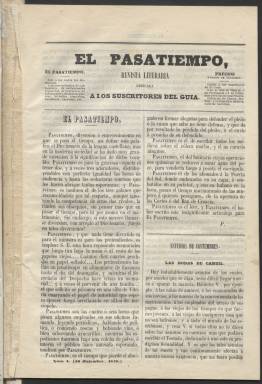
Título: El Pasatiempo (Madrid. 1848)
Colección: Cultura
Ámbito geográfico: Madrid
Lugar de publicación: Madrid
Fechas: 16/12/1848-14/01/1849